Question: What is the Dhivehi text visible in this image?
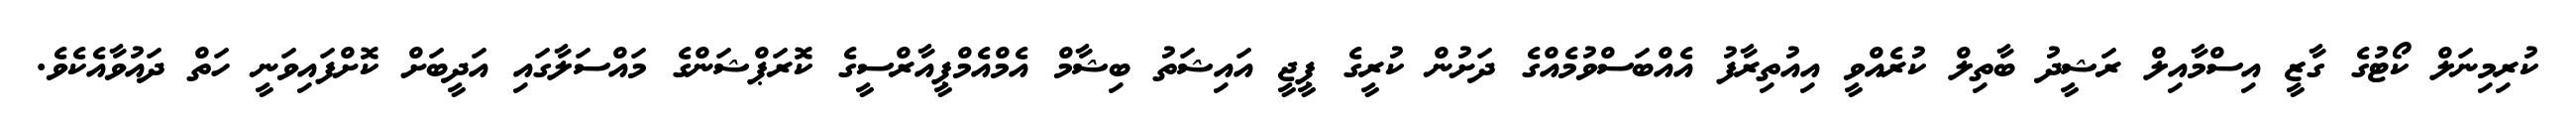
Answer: ކުރިމިނަލް ކޯޓުގެ ގާޒީ އިސްމާއިލް ރަޝީދު ބާތިލް ކުރެއްވީ އިއުތިރާފު އެއްބަސްވުމެއްގެ ދަށުން ކުރީގެ ޕީޖީ އައިޝަތު ބިޝާމް އެމްއެމްޕީއާރްސީގެ ކޮރަޕްޝަންގެ މައްސަލާގައި އަދީބަށް ކޮށްފައިވަނީ ހަތް ދައުވާއެކެވެ.